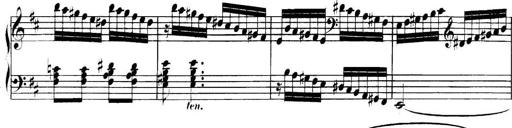
Title: Collected Piano Sonatas
Composer: Muzio Clementi